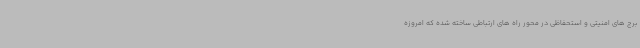
برج های امنیتی و استحفاظی در محور راه های ارتباطی ساخته شده که امروزه